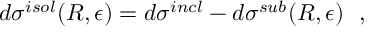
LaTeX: d \sigma ^ { i s o l } ( R , \epsilon ) = d \sigma ^ { i n c l } - d \sigma ^ { s u b } ( R , \epsilon ) \: \: \: ,